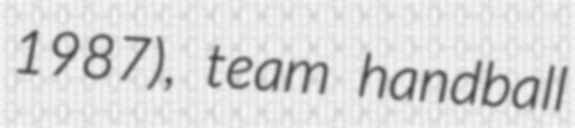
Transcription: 1987), team handball